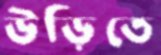
উড়িতে